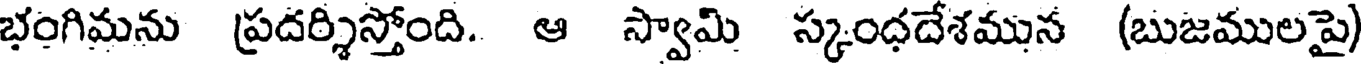
భంగిమను ప్రదర్శిస్తోంది. ఆ స్వామి స్కంధదేశమున (బుజములపై)